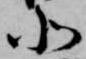
北